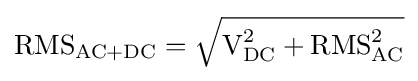
{\text{RMS}}_{\text{AC+DC}}={\sqrt {{\text{V}}_{\text{DC}}^{2}+{\text{RMS}}_{\text{AC}}^{2}}}